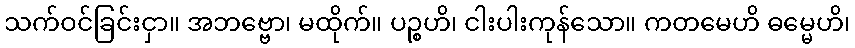
သက်ဝင်ခြင်းငှာ။ အဘဗ္ဗော၊ မထိုက်။ ပဉ္စဟိ၊ ငါးပါးကုန်သော။ ကတမေဟိ ဓမ္မေဟိ၊